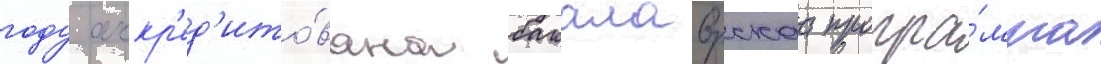
году аккр'ед'ито́вана бакалаврскаа програ́мма